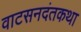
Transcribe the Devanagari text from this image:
वाटसनदंतकथा